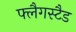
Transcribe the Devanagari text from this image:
फ्लैगस्टैड